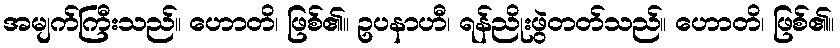
အမျက်ကြီးသည်။ ဟောတိ၊ ဖြစ်၏။ ဥပနာဟီ၊ ရန်ညိုးဖွဲတတ်သည်။ ဟောတိ၊ ဖြစ်၏။